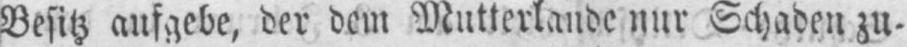
Besitz aufgebe, der dem Mutterlande nur Schaden zu-